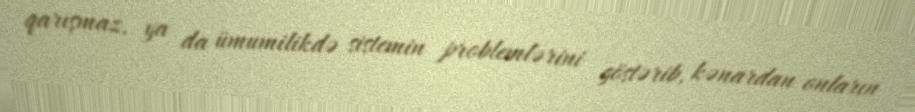
qarışmaz, ya da ümumilikdə sistemin problemlərini göstərib, kənardan onların